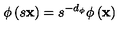
\phi \left( s { \bf x } \right) = s ^ { - d _ { \phi } } \phi \left( { \bf x } \right)